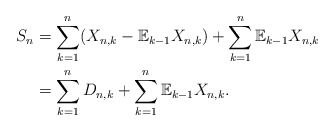
\begin{align*}S_{n} & =\sum_{k=1}^{n}(X_{n,k}-\mathbb{E}_{k-1}X_{n,k})+\sum_{k=1}^{n}\mathbb{E}_{k-1}X_{n,k}\\& =\sum_{k=1}^{n}D_{n,k}+\sum_{k=1}^{n}\mathbb{E}_{k-1}X_{n,k}.\end{align*}